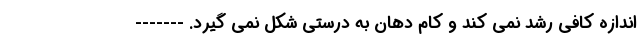
اندازه کافی رشد نمی کند و کام دهان به درستی شکل نمی گیرد. -------